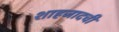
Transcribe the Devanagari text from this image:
शाहजादची